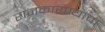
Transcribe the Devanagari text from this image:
राजकारण्यांचा